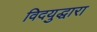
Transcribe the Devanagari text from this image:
विदयुद्धारा